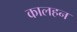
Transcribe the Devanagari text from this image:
कालहन